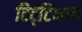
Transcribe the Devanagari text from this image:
टिट्‌टिभाद्य